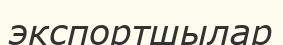
экспортшылар